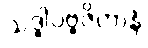
သဒ္ဓါပဗ္ဗဇိတာနံ